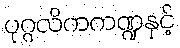
ပုဂ္ဂလိကကဏ္ဍနှင့်